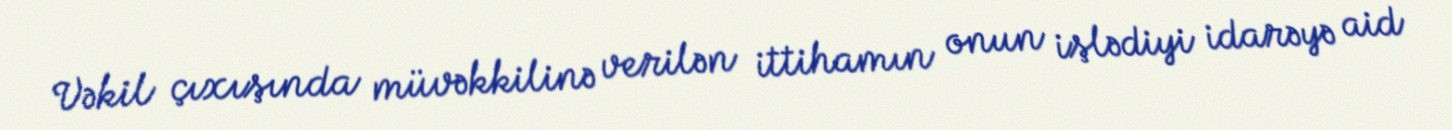
Vəkil çıxışında müvəkkilinə verilən ittihamın onun işlədiyi idarəyə aid